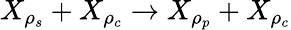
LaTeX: X_{\rho_{s}}+X_{\rho_{c}}\to X_{\rho_{p}}+X_{\rho_{c}}